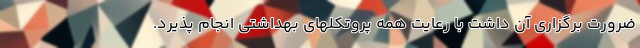
ضرورت برگزاری آن داشت با رعایت همه پروتکلهای بهداشتی انجام پذیرد.